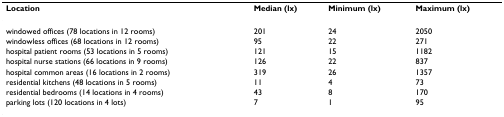
| Location | Median (lx) | Minimum (lx) | Maximum (lx) |
 | --- | --- | --- | --- |
 | windowed offices (78 locations in 12 rooms) | 201 | 24 | 2050 |
 | windowless offices (68 locations in 12 rooms) | 95 | 22 | 271 |
 | hospital patient rooms (53 locations in 5 rooms) | 121 | 15 | 1182 |
 | hospital nurse stations (66 locations in 9 rooms) | 126 | 22 | 837 |
 | hospital common areas (16 locations in 2 rooms) | 319 | 26 | 1357 |
 | residential kitchens (48 locations in 5 rooms) | 11 | 4 | 73 |
 | residential bedrooms (14 locations in 4 rooms) | 43 | 8 | 170 |
 | parking lots (120 locations in 4 lots) | 7 | 1 | 95 |